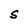
Character: S